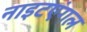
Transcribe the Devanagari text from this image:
नाइटएंगल